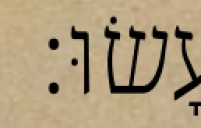
עָשׂוּ׃